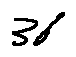
3 6